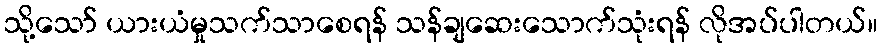
သို့သော် ယားယံမှုသက်သာစေရန် သန်ချဆေးသောက်သုံးရန် လိုအပ်ပါတယ်။